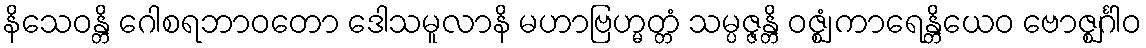
နိသေဝန္တိ ဂေါစရဘာဝတော ဒေါသမူလာနိ မဟာဗြဟ္မတ္တံ သမ္ပဇ္ဇန္တိ ဝဇ္ဈံ ကာရေန္တိယေဝ ဗောဇ္ဈင်္ဂါဝ